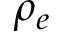
\rho _ { e }